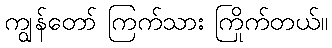
ကျွန်တော် ကြက်သား ကြိုက်တယ်။